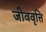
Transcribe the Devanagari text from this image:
जीववृत्ति